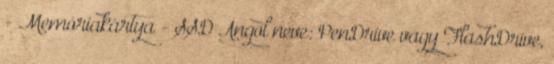
- Memóriakártya - SSD Angol neve: PenDrive vagy FlashDrive,